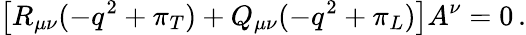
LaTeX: \left[R_{\mu\nu}(-q^{2}+\pi_{T})+Q_{\mu\nu}(-q^{2}+\pi_{L})\right]A^{\nu}=0\, .